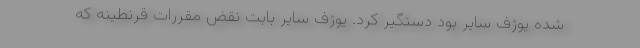
شده یوژف سایر بود دستگیر کرد. یوژف سایر بابت نقض مقررات قرنطینه که